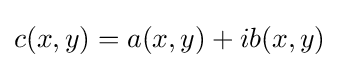
c(x,y)=a(x,y)+ib(x,y)